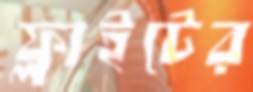
ফ্লাইটের